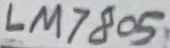
Text: LM7805